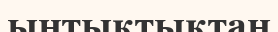
ынтықтықтан